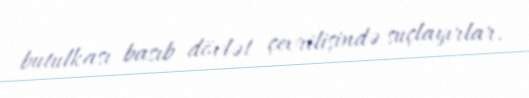
butulkası basıb dövlət çevrilişində suçlayırlar.